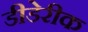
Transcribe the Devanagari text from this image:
डीडेरीक